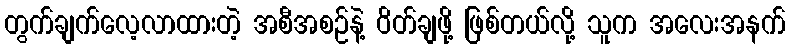
တွက်ချက်လေ့လာထားတဲ့ အစီအစဉ်နဲ့ ဝိတ်ချဖို့ ဖြစ်တယ်လို့ သူက အလေးအနက်